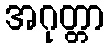
အဂုတ္တာ